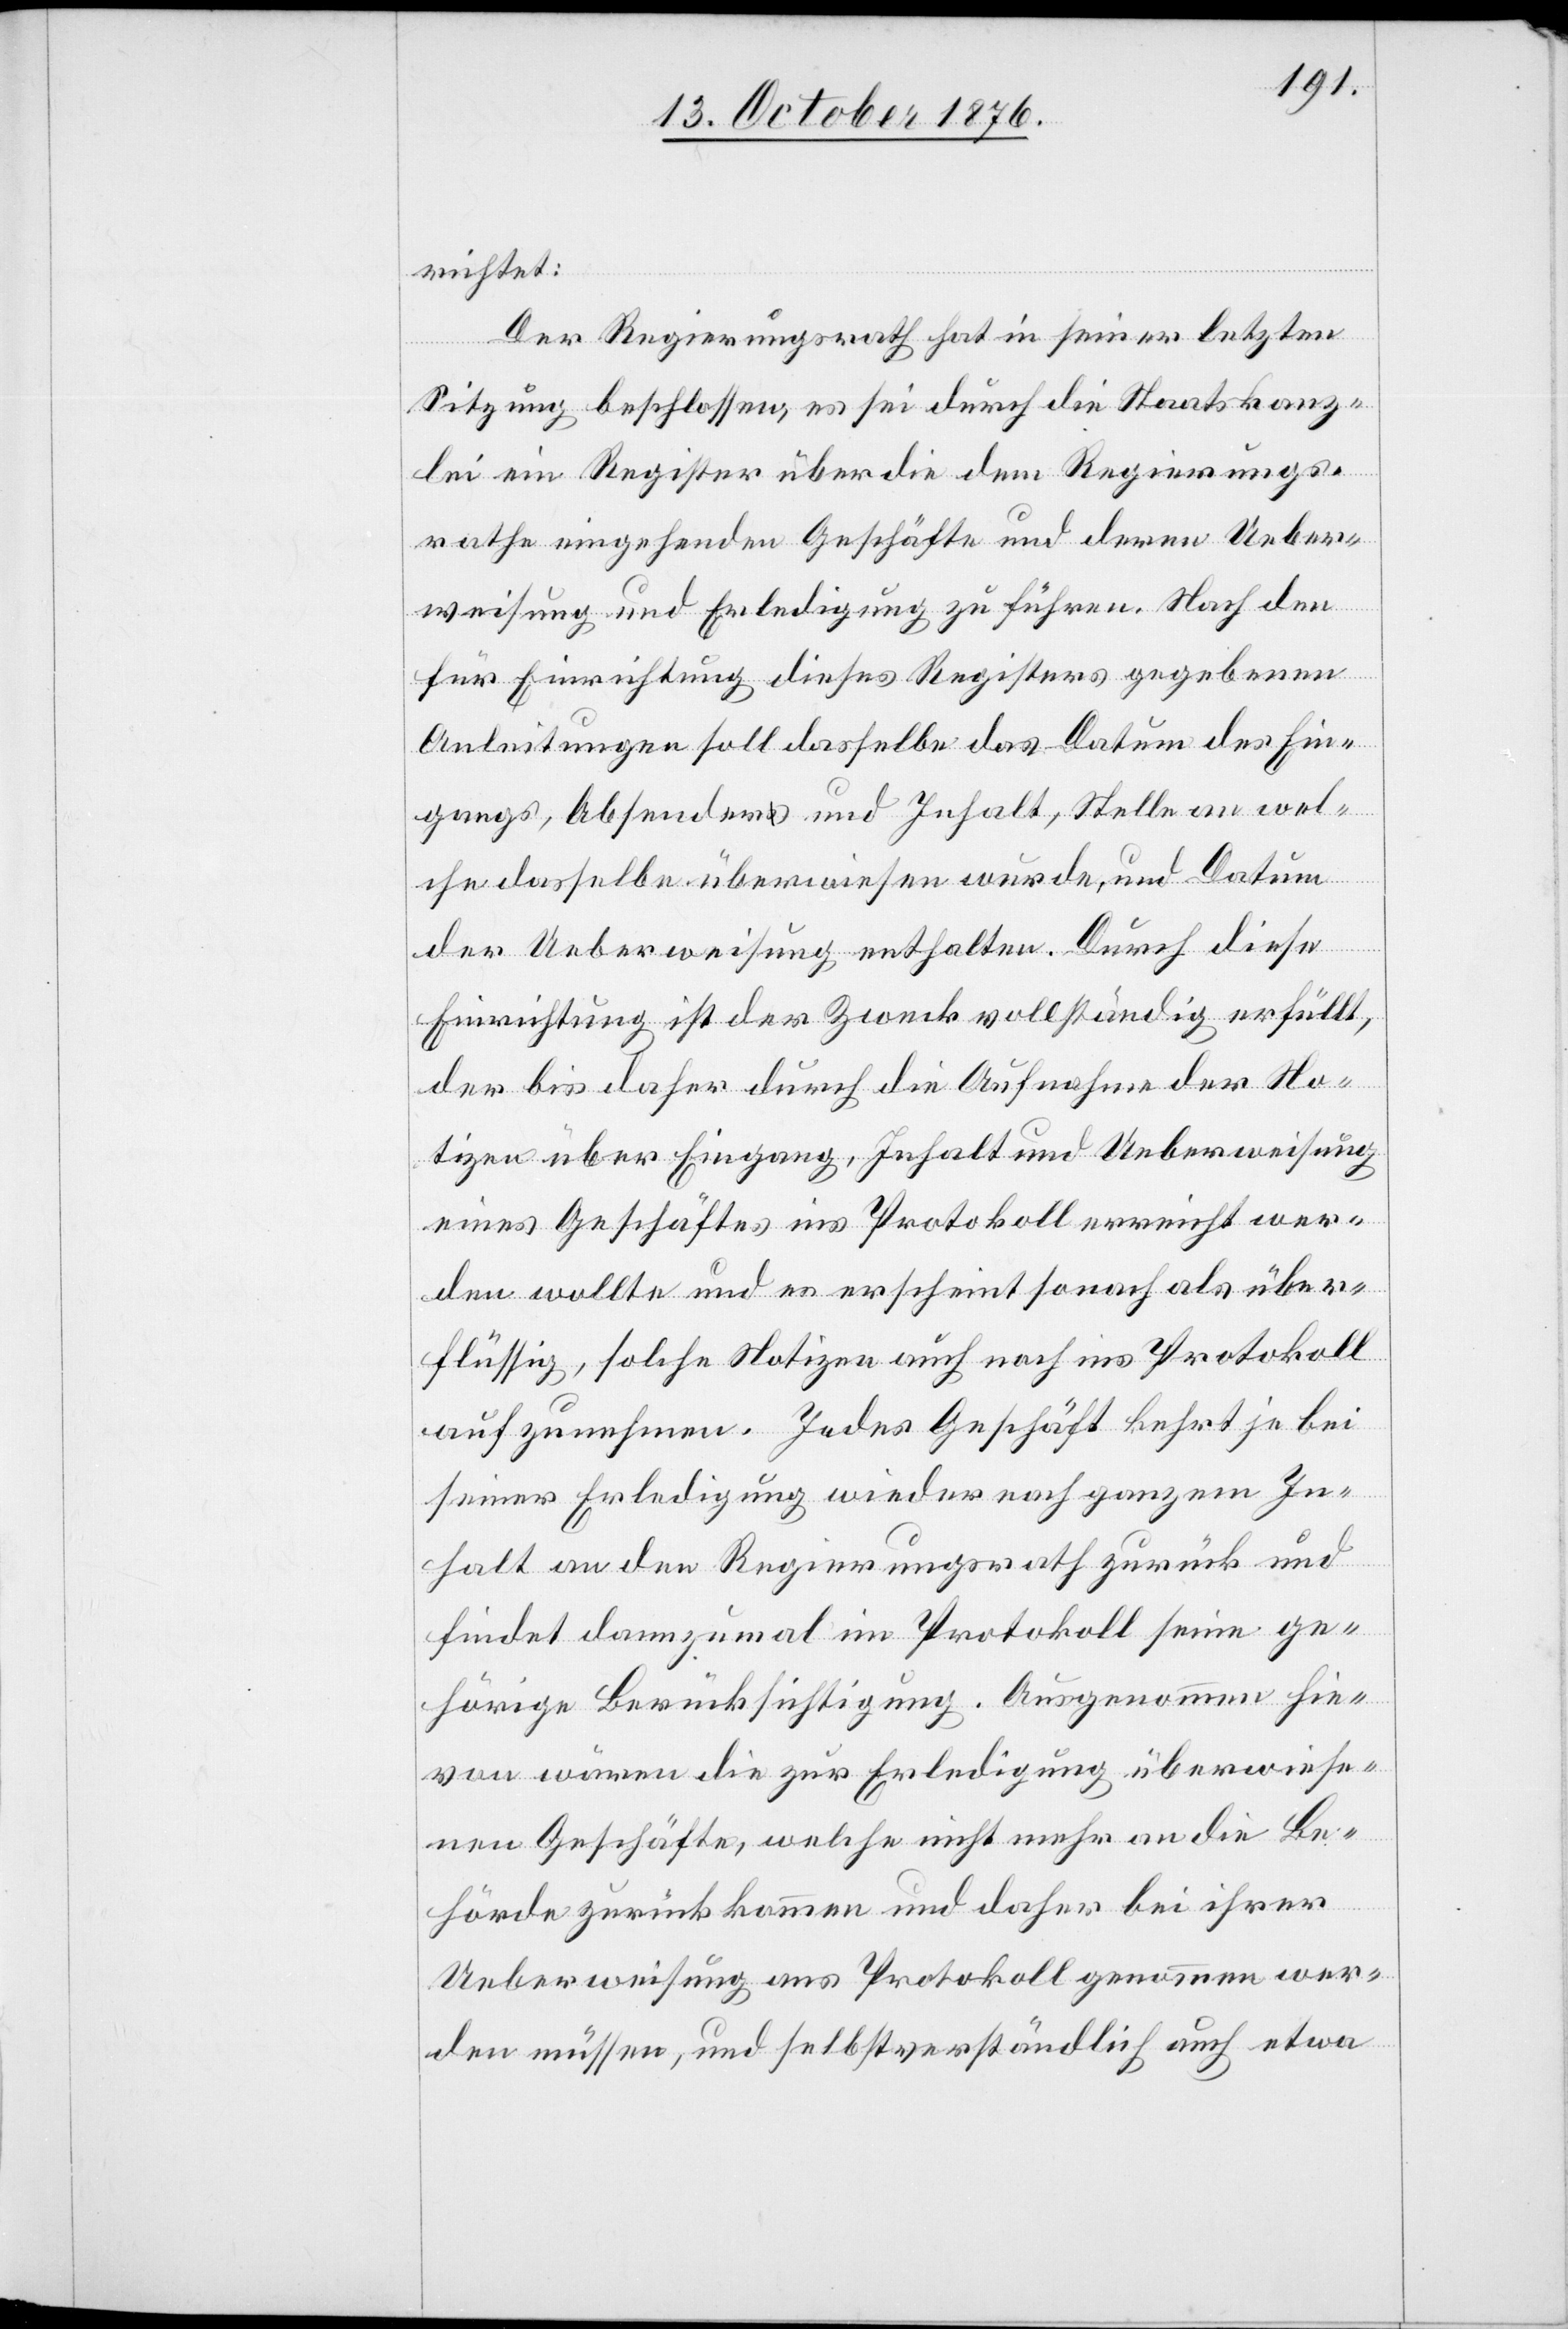
richtet:
Der Regierungsrath hat in seiner letzten
Sitzung beschlossen, es sei durch die Staatskanz¬
lei ein Register über die dem Regierungs¬
rathe eingehenden Geschäfte und deren Ueber¬
weisung und Erledigung zu führen. Nach den
für Einrichtung dieses Registers gegebenen
Anleitungen soll dasselbe das Datum des Ein¬
gangs, Absender und Inhalt, Stelle an wel¬
che dasselbe überwiesen wurde, und Datum
der Ueberweisung enthalten. Durch diese
Einrichtung ist der Zweck vollständig erfüllt,
der bis daher durch die Aufnahme der No¬
tizen über Eingang, Inhalt und Ueberweisung
eines Geschäftes ins Protokoll erreicht wer¬
den wollte und es erscheint sonach als über¬
flüssig, solche Notizen auch noch ins Protokoll
aufzunehmen. Jedes Geschäft kehrt ja bei
seiner Erledigung wieder nach ganzem In¬
halt an den Regierungsrath zurück und
findet dannzumal im Protokoll seine ge¬
hörige Berücksichtigung. Ausgenommen hie¬
von wären die zur Erledigung überwiese¬
nen Geschäfte, welche nicht mehr an die Be¬
hörde zurückkommen und daher bei ihrer
Ueberweisung ans Protokoll genommen wer¬
den müssen, und selbstverständlich auch etwa